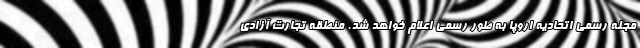
مجله رسمی اتحادیه اروپا به طور رسمی اعلام خواهد شد. منطقه تجارت آزادی